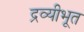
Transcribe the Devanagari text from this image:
द्रव्यीभूत